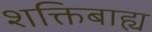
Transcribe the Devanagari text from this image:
शक्तिबाह्य